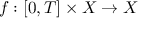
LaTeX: f : [ 0 , T ] \times X \to X